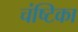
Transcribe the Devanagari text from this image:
चंष्टिका